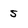
Character: 5